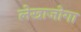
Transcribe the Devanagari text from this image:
लेखाजोगा